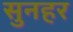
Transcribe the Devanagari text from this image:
सुनहर